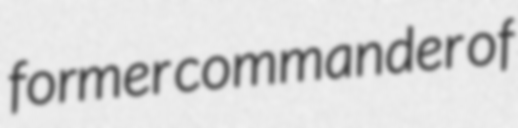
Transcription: former commander of